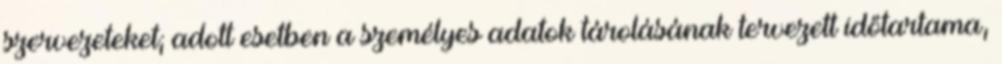
szervezeteket; adott esetben a személyes adatok tárolásának tervezett időtartama,